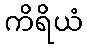
ကိရိယံ